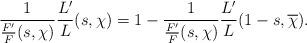
LaTeX: \begin{align*} \frac{1}{\frac{F'}{F}(s,\chi)} \frac{L'}{L}(s,\chi) = 1 - \frac{1}{\frac{F'}{F}(s,\chi)} \frac{L'}{L}(1-s,\overline{\chi}).\end{align*}